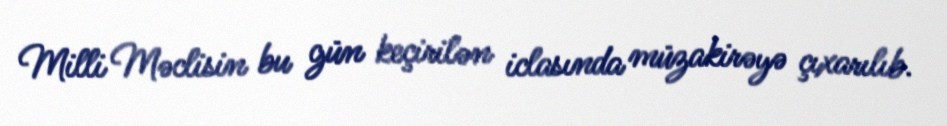
Milli Məclisin bu gün keçirilən iclasında müzakirəyə çıxarılıb.